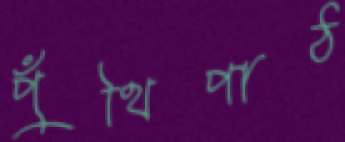
পুঁথিপাঠ